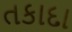
તકાદા